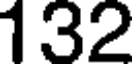
132